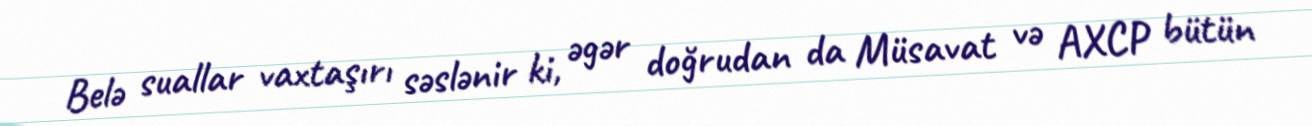
Belə suallar vaxtaşırı səslənir ki, əgər doğrudan da Müsavat və AXCP bütün